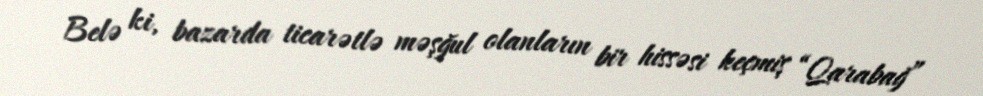
Belə ki, bazarda ticarətlə məşğul olanların bir hissəsi keçmiş “Qarabağ”